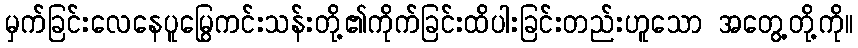
မှက်ခြင်းလေနေပူမြွေကင်းသန်းတို့၏ကိုက်ခြင်းထိပါးခြင်းတည်းဟူသော အတွေ့တို့ကို။